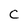
Character: C